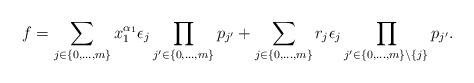
LaTeX: \begin{align*} f = \sum_{j \in \{0, \ldots, m\}} x_1^{\alpha_1} \epsilon_j \prod_{j' \in \{0, \ldots, m\}} p_{j'} + \sum_{j \in \{0, \ldots, m\}} r_j \epsilon_j \prod_{j' \in \{0, \ldots, m\} \setminus \{j\}} p_{j'} . \end{align*}